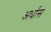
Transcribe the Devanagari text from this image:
अर्धास